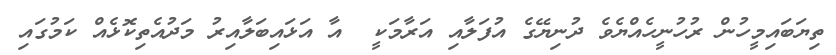
ތިޔަބައިމީހުން ރުހުނީހެއްޔެވެ ދުނިޔޭގެ އުފަލާއި އަރާމަކީ  އާ އަޅައިބަލާއިރު މަދުއެތިކޮޅެއް ކަމުގައި